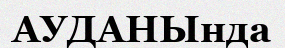
АУДАНЫнда